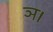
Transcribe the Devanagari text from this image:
ञ।